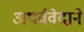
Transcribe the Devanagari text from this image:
अथर्ववेदाने